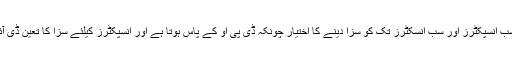
کانسٹیبل ،اسسٹنٹ سب انسپکٹرز اور سب انسکٹرز تک کو سزا دینے کا اختیار چونکہ ڈی پی او کے پاس ہوتا ہے اور انسپکٹرز کیلئے سزا کا تعین ڈی آئی جی کرسکتا ہے۔